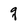
Character: q